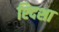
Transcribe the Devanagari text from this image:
श्दिशा